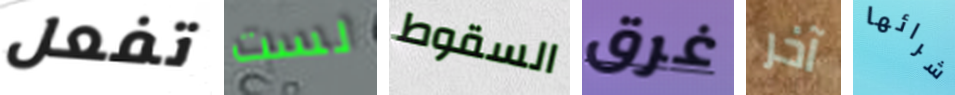
تفعل لست السقوط غرق آخر شرائها